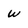
Character: W